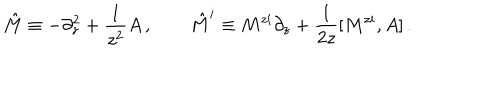
LaTeX: \hat { M } \equiv - \partial _ { z } ^ { 2 } + \frac { 1 } { z ^ { 2 } } A \, , \qquad \hat { M } ^ { i } \equiv M ^ { z i } \partial _ { z } + \frac { 1 } { 2 z } [ M ^ { z i } , A ] \, .